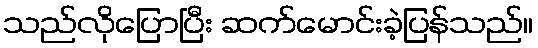
သည်လိုပြောပြီး ဆက်မောင်းခဲ့ပြန်သည်။